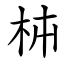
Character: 枾